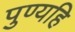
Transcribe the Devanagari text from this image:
पुण्यहि